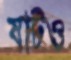
ষাটও